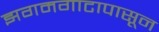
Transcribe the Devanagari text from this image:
झगमगाटापासून